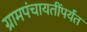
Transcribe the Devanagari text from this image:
ग्रामपंचायतींपर्यंत